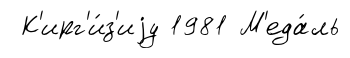
К'ирг'и́з'иjу 1981 М'еда́ль